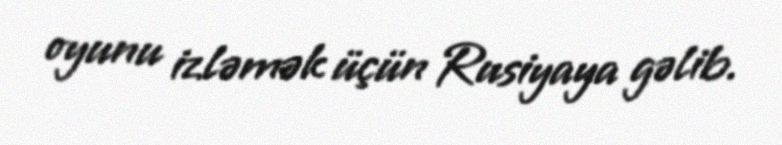
oyunu izləmək üçün Rusiyaya gəlib.